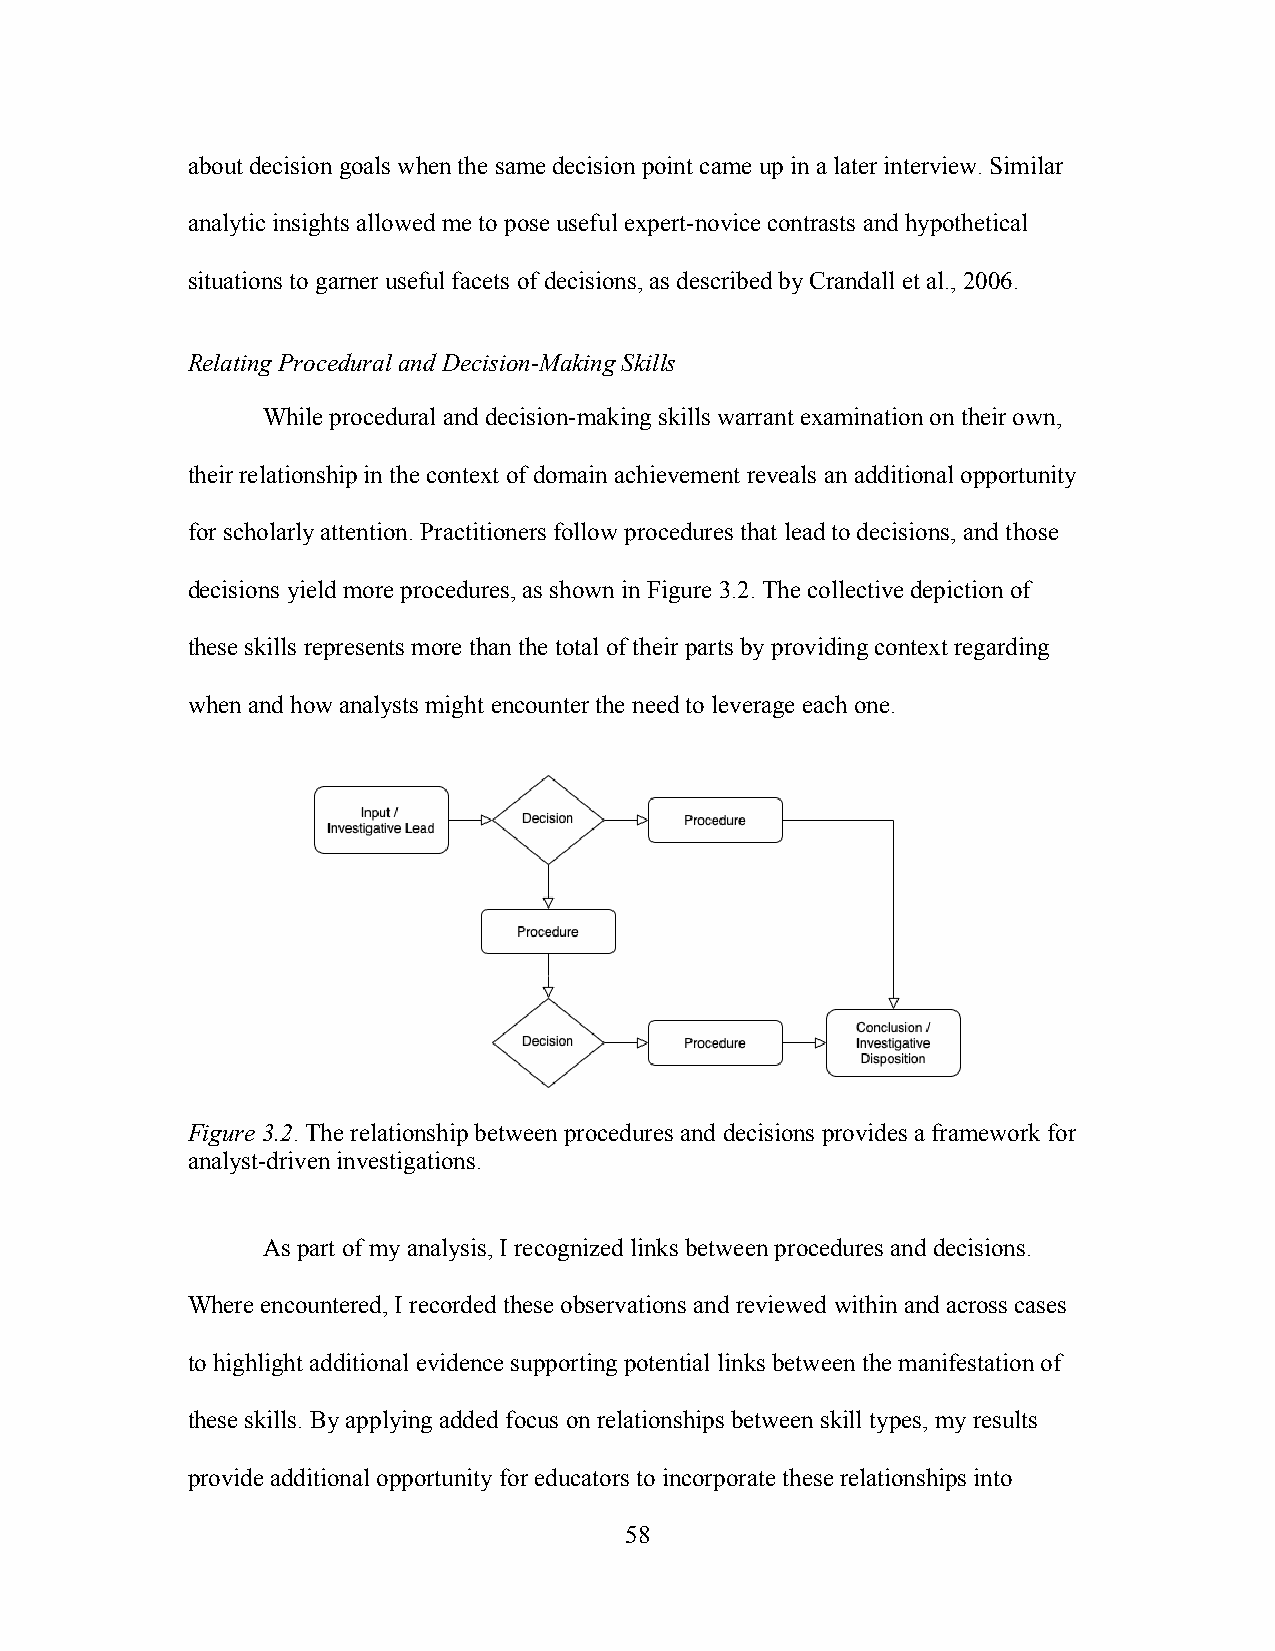
about decision goals when the same decision point came up in a later interview. Similar
 analytic insights allowed me to pose useful expert-novice contrasts and hypothetical
 situations to garner useful facets of decisions, as described by Crandall et al., 2006.
 Relating Procedural and Decision-Making Skills
 While procedural and decision-making skills warrant examination on their own,
 their relationship in the context of domain achievement reveals an additional opportunity
 for scholarly attention. Practitioners follow procedures that lead to decisions, and those
 decisions yield more procedures, as shown in Figure 3.2. The collective depiction of
 these skills represents more than the total of their parts by providing context regarding
 when and how analysts might encounter the need to leverage each one.
 Figure 3.2. The relationship between procedures and decisions provides a framework for
 analyst-driven investigations.
 As part of my analysis, I recognized links between procedures and decisions.
 Where encountered, I recorded these observations and reviewed within and across cases
 to highlight additional evidence supporting potential links between the manifestation of
 these skills. By applying added focus on relationships between skill types, my results
 provide additional opportunity for educators to incorporate these relationships into
 58